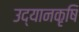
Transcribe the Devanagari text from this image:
उद्यानकृषि